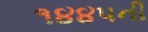
૧૪૪૫ની